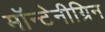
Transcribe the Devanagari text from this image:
मॉन्टेनीग्रिन